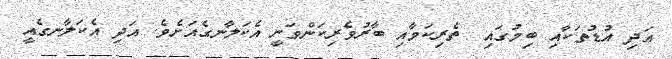
އަދި އުޑުތަކާއި ބިމުގައި  ތެރިކަމާއި ބާރުވެރިކަންވަނީ އެކަލާނގެއަށެވެ. އަދި އެކަލާނގެއީ